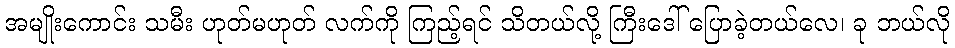
အမျိုးကောင်း သမီး ဟုတ်မဟုတ် လက်ကို ကြည့်ရင် သိတယ်လို့ ကြီးဒေါ် ပြောခဲ့တယ်လေ၊ ခု ဘယ်လို